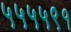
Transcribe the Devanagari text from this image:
५५५५९१